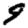
Digit: 9